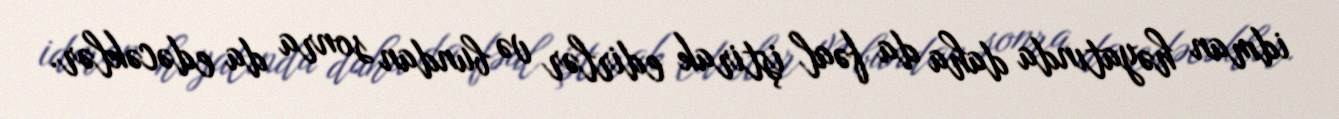
idman həyatında daha da fəal iştirak edirlər və bundan sonra da edəcəklər.